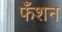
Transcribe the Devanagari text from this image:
फँशन